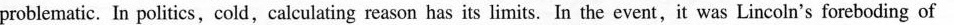
problematic. In politics,cold,calcuiating reason has its linits. Ln the event,it was Lincoln's foreboding of